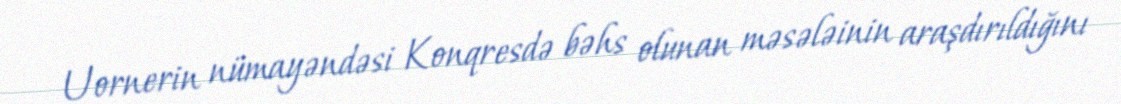
Uornerin nümayəndəsi Konqresdə bəhs olunan məsələinin araşdırıldığını